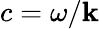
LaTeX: c=\omega/\mathbf{k}